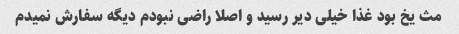
مث یخ بود غذا خیلی دیر رسید و اصلا راضی نبودم دیگه سفارش نمیدم